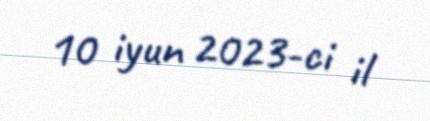
10 iyun 2023-ci il